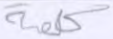
كلمة